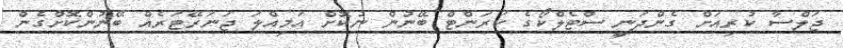
ޖަލްސާ ކުރިއަށް ގެންދަނީ ސްޓެލްކޯގެ ކަރަންޓް ބޭނުން ނުކޮށް އަމިއްލަ ޖަނަރޭޓަރެއް ބޭނުންކޮށްގެން